Lunatic asylums in Bengal annual reports 1912-1924 - 1912-1924
Year: 1912
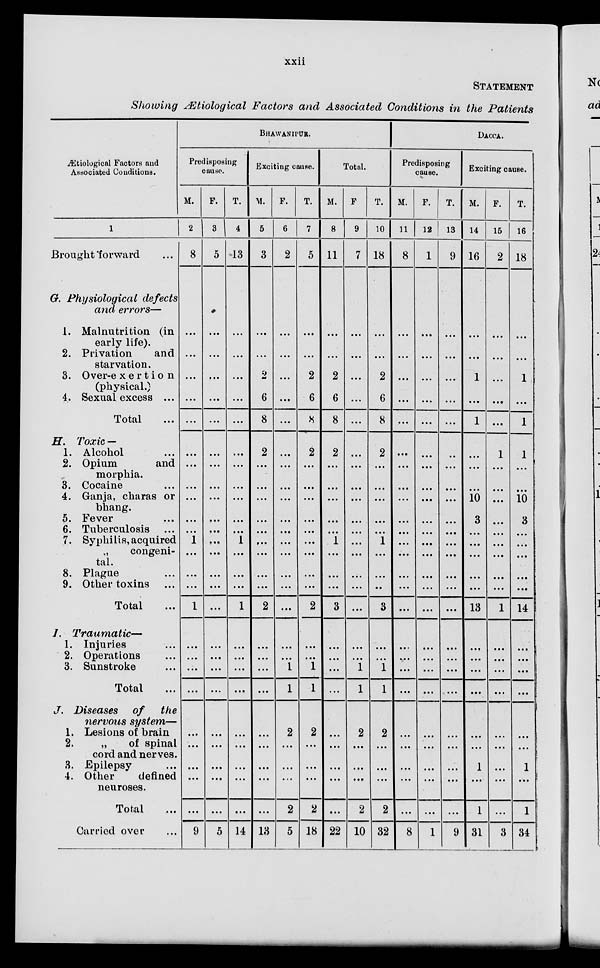
xxii
STATEMENT
Showing Ætiological Factors and Associated Conditions in the Patients
Ætiological Factors and
Associated Conditions.
1
Brought forward ...
G. Physiological defects
and errors—
1. Malnutrition (in
early life).
2. Privation
and
starvation.
3. Over-exertion
(physical.)
4. Sexual excess ...
Total ...
H. Toxic —
1. Alcohol ...
2. Opium
and
morphia.
3. Cocaine ...
4. Ganja, charas or
bhang.
5. Fever ...
6. Tuberculosis ...
7. Syphilis, acquired
„
congeni-
tal.
8. Plague ...
9. Other toxins ...
Total ...
7.
Traumatic—
1. Injuries ...
2. Operations ...
3. Sunstroke ...
Total ...
J. Diseases of
the
nervous system—
1. Lesions of brain
2.
„
of spinal
cord and nerves.
3. Epilepsy ...
4. Other
defined
neuroses.
Total ...
Carried over ...
BHAWANIPUR.
Predisposing
cause.
M.
2
8
...
...
...
...
...
...
...
...
...
...
...
1
...
...
...
1
...
...
...
...
...
...
...
...
...
9
F.
3
5
...
...
...
...
...
...
...
...
...
...
...
...
...
...
...
...
...
...
...
...
...
...
...
...
...
5
T.
4
13
...
...
...
...
...
...
...
...
...
...
...
1
...
...
...
1
...
...
...
...
...
...
...
...
...
14
Exciting cause.
M.
5
3
...
...
2
6
8
2
...
...
...
...
...
...
...
...
...
2
...
...
...
...
...
...
...
...
...
13
F.
6
2
...
...
...
...
...
...
...
...
...
...
...
...
...
...
...
...
...
...
1
1
2
...
...
...
2
5
T.
7
5
...
...
2
6
8
2
...
...
...
...
...
...
...
...
...
2
...
...
1
1
2
...
...
...
2
18
Total.
M.
8
11
...
...
2
6
8
2
...
...
...
...
...
1
...
...
...
3
...
...
...
...
...
...
...
...
....
22
F.
9
7
...
...
...
...
...
...
...
...
...
...
...
...
...
...
...
...
...
...
1
1
2
...
...
...
2
10
T.
10
18
...
...
2
6
8
2
...
...
...
...
...
1
...
...
...
3
...
...
1
1
2
...
...
...
2
32
DACCA.
Predisposing
cause.
M.
11
8
...
...
...
...
...
...
...
...
...
...
...
...
...
...
...
...
...
...
...
...
...
...
...
...
...
8
F.
12
1
...
...
...
...
...
...
...
...
...
...
...
...
...
...
...
...
...
...
...
...
...
...
...
...
...
1
T.
13
9
...
...
...
...
...
...
...
...
...
...
...
...
...
...
...
...
...
...
...
...
...
...
...
...
...
9
Exciting cause.
M.
14
16
...
...
1
...
1
...
...
...
10
3
...
...
...
...
...
13
...
...
...
...
...
...
1
...
1
31
F.
15
2
...
...
...
...
...
1
...
...
...
...
...
...
...
...
...
1
...
...
...
...
...
...
...
...
...
3
T.
16
18
...
...
1
...
1
1
...
...
10
3
...
...
...
...
...
14
...
...
...
...
...
...
1
...
1
34